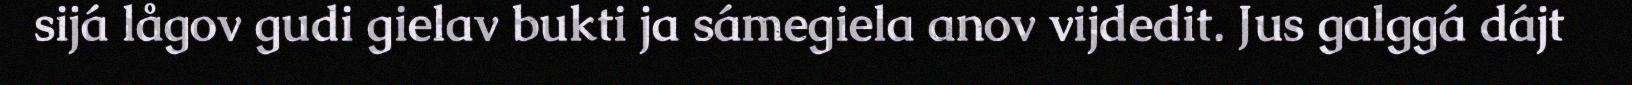
sijá lågov gudi gielav bukti ja sámegiela anov vijdedit. Jus galggá dájt